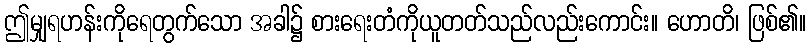
ဤမျှရဟန်းကိုရေတွက်သော အခါ၌ စားရေးတံကိုယူတတ်သည်လည်းကောင်း။ ဟောတိ၊ ဖြစ်၏။